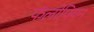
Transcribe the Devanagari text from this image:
फॅलोपियन